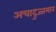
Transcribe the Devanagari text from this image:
अचादुज्जमान